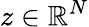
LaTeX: z\in\mathbb{R}^{N}